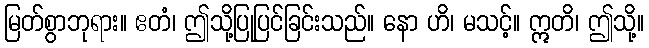
မြတ်စွာဘုရား။ ဧတံ၊ ဤသို့ပြုပြင်ခြင်းသည်။ နော ဟိ၊ မသင့်။ ဣတိ၊ ဤသို့။